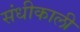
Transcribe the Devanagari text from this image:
संधीकाली